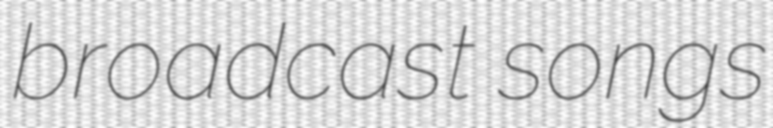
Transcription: broadcast songs